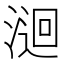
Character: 𭱫